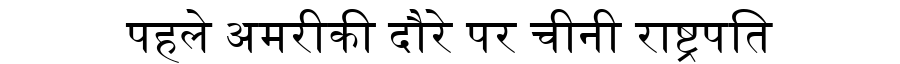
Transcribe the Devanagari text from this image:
पहले अमरीकी दौरे पर चीनी राष्ट्रपति